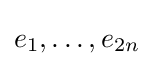
e_{1},\ldots ,e_{2n}